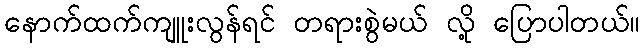
နောက်ထက်ကျူးလွန်ရင် တရားစွဲမယ် လို့ ပြောပါတယ်။